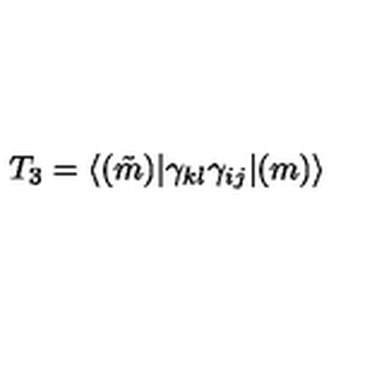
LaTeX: T _ { 3 } = \langle ( \tilde { m } ) | \gamma _ { k l } \gamma _ { i j } | ( m ) \rangle